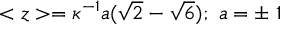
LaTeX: < z > = \kappa ^ { - 1 } a ( \sqrt { 2 } - \sqrt { 6 } ) ; ~ a = \pm ~ 1